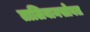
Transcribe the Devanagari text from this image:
तालिबानसोबत